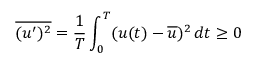
{ \overline { { ( u ^ { \prime } ) ^ { 2 } } } } = { \frac { 1 } { T } } \int _ { 0 } ^ { T } ( u ( t ) - { \overline { { u } } } ) ^ { 2 } \, d t \geq 0